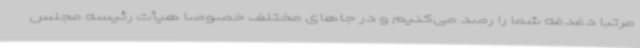
مرتبا دغدغه شما را رصد می‌کنیم و در جاهای مختلف خصوصا هیأت رئیسه مجلس